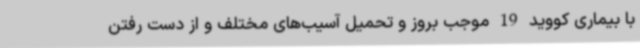
با بیماری کووید 19 موجب بروز و تحمیل آسیب‌های مختلف و از دست رفتن